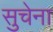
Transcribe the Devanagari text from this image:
सुचेना